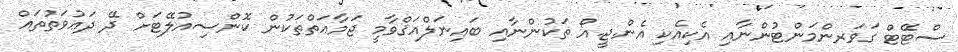
ސްޓޭޓް ގަވަރންމަންޓުންނާއި އެކިއެކި އެން.ޖީ.އޯ ތަކުންނާއި ބައިނަލްއަޤްވާމީ ޖަމާޢަތްތަކުން ކޮންސިއުލޭޓަށް ދޭ ދަޢުވަތުތައް